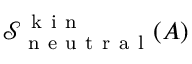
\mathcal { S } _ { \mathrm { ~ n ~ e ~ u ~ t ~ r ~ a ~ l ~ } } ^ { \mathrm { ~ k ~ i ~ n ~ } } ( A )